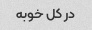
در کل خوبه